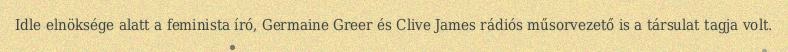
Idle elnöksége alatt a feminista író, Germaine Greer és Clive James rádiós műsorvezető is a társulat tagja volt.